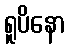
ရူပိနော